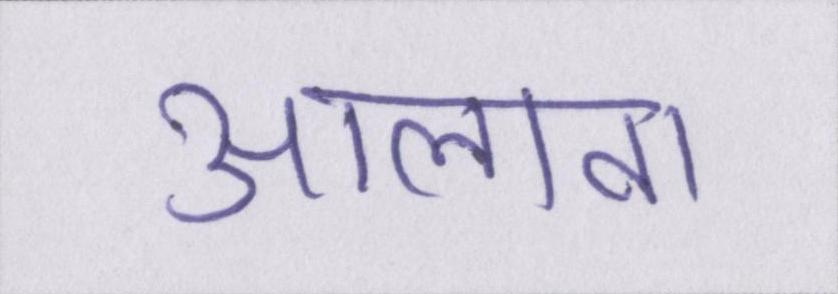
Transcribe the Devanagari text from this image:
आलावा